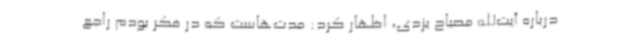
درباره آیت‌الله مصباح یزدی، اظهار کرد: مدت‌هاست که در فکر بودم راجع